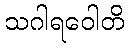
သဂါရဝေါတိ